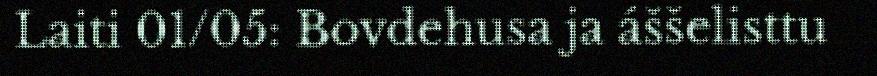
Laiti 01/05: Bovdehusa ja áššelisttu